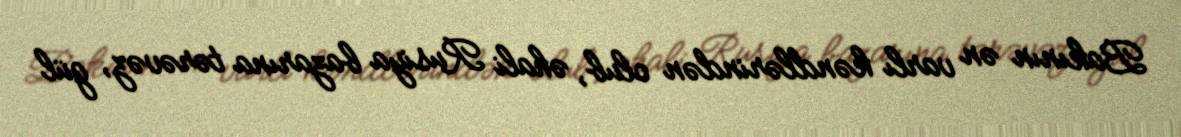
Bakının ən varlı kəndlərindən olub, əhali Rusiya bazarına tərəvəz, gül